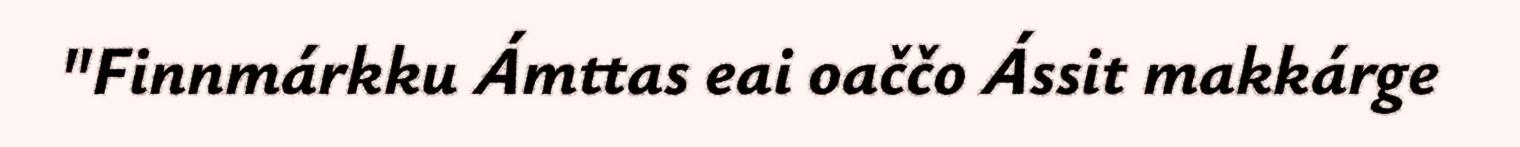
"Finnmárkku Ámttas eai oaččo Ássit makkárge